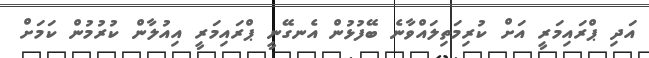
އަދި ޕްރައިމަރީ އަށް ކުރިމަތިލައްވާނެ ބޭފުޅުން އެނގޭނީ ޕްރައިމަރީ އިއުލާން ކުރުމުން ކަމަށް